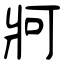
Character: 牁